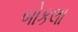
બોકલા